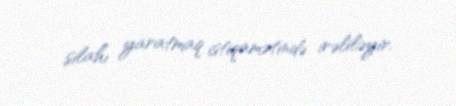
silahı yaratmaq istiqamətində irəliləyir.